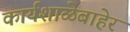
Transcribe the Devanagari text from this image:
कार्यशाळेबाहेर